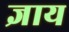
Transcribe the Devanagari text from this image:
ज्ञाय